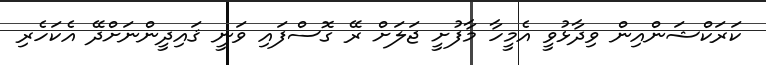
ކަރަކްޝަންއިން ވިދާޅުވީ އެމީހާ މާފުށީ ޖަލަށް ރޭ ގޮސްފައި ވަނީ ޤައިދީންނަށްދޭ އެކަހެރި